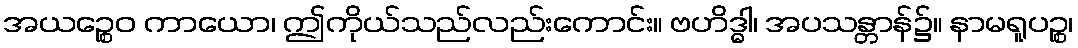
အယဉ္စေဝ ကာယော၊ ဤကိုယ်သည်လည်းကောင်း။ ဗဟိဒ္ဓါ၊ အပသန္တာန်၌။ နာမရူပဉ္စ၊